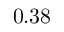
0 . 3 8